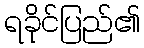
ရခိုင်ပြည်၏